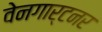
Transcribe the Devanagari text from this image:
वेनगार्टनर